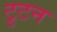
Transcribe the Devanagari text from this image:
टुटन